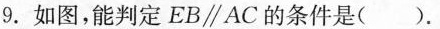
9.如图，能判定EB∥AC的条件是( )。